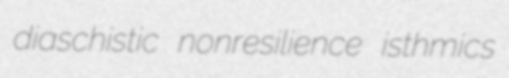
diaschistic nonresilience isthmics